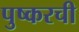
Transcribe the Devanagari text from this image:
पुष्करची